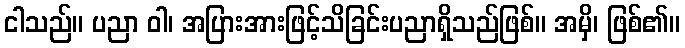
ငါသည်။ ပညာ ဝါ၊ အပြားအားဖြင့်သိခြင်းပညာရှိသည်ဖြစ်။ အမှိ၊ ဖြစ်၏။